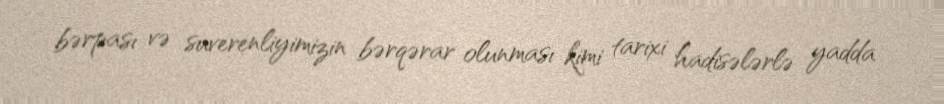
bərpası və suverenliyimizin bərqərar olunması kimi tarixi hadisələrlə yadda